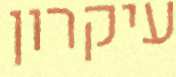
עיקרון